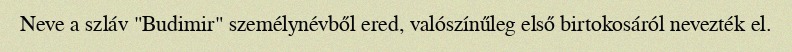
Neve a szláv "Budimir" személynévből ered, valószínűleg első birtokosáról nevezték el.